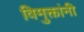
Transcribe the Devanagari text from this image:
विमुक्तांनी